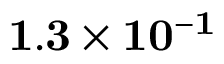
{ \bf 1 . 3 \times 1 0 ^ { - 1 } }